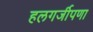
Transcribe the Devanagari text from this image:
हलगर्जीपणा